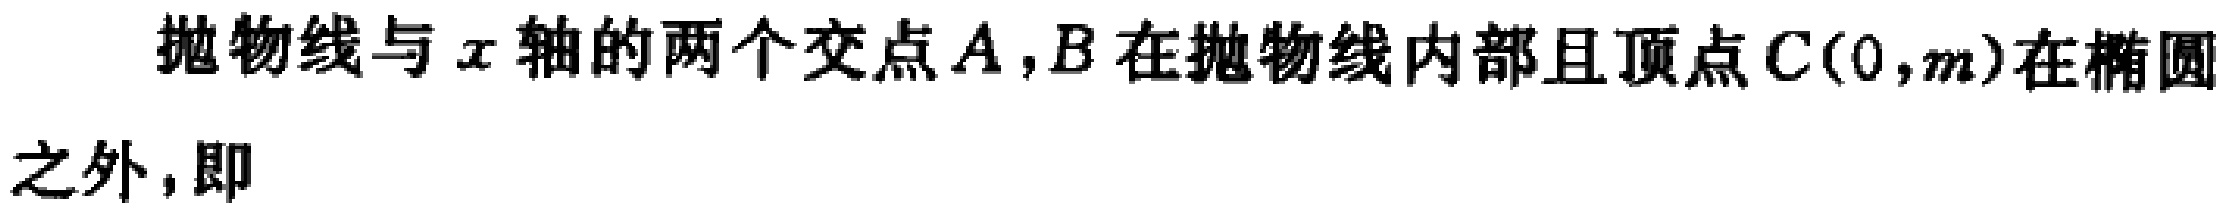
抛物线与\(x\)轴的两个交点\(A,B\)在抛物线内部且顶点\(C(0,m)\)在椭圆之外，即